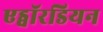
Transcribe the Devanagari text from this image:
एड्वॉरडियन